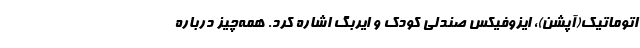
اتوماتیک(آپشن)، ایزوفیکس صندلی کودک و ایربگ اشاره کرد. همه‌چیز درباره